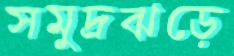
সমুদ্রঝড়ে